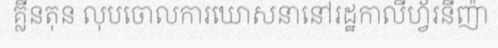
គ្លីនតុន លុបចោលការឃោសនានៅរដ្ឋកាលីហ្វ័រនីញ៉ា